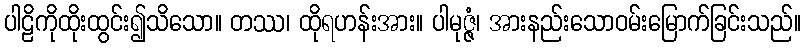
ပါဠိကိုထိုးထွင်း၍သိသော။ တဿ၊ ထိုရဟန်းအား။ ပါမုဇ္ဇံ၊ အားနည်းသောဝမ်းမြောက်ခြင်းသည်။